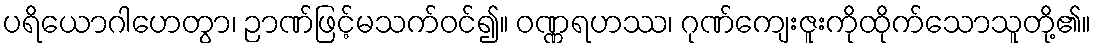
ပရိယောဂါဟေတွာ၊ ဉာဏ်ဖြင့်မသက်ဝင်၍။ ဝဏ္ဏရဟဿ၊ ဂုဏ်ကျေးဇူးကိုထိုက်သောသူတို့၏။